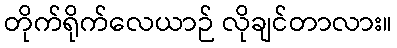
တိုက်ရိုက်လေယာဉ် လိုချင်တာလား။